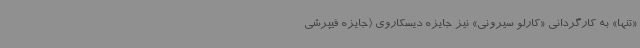
«تنها» به کارگردانی «کارلو سیرونی» نیز جایزه دیسکاروی (جایزه فیپرشی